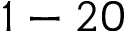
1 - 2 0